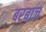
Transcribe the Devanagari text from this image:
बरबाज